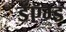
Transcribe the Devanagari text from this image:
डॅऍम्ड